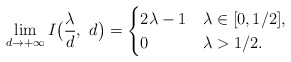
\begin{align*}\lim_{d\rightarrow+\infty}I\big(\frac{\lambda}{d},~d\big)=\begin{cases}2\lambda-1 & \lambda\in [0,1/2],\\0 &\lambda>1/2.\end{cases}\end{align*}